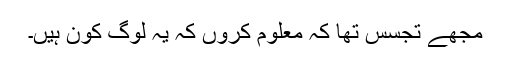
مجھے تجسس تھا کہ معلوم کروں کہ یہ لوگ کون ہیں۔